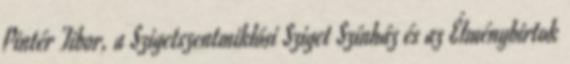
Pintér Tibor, a Szigetszentmiklósi Sziget Színház és az Élménybirtok